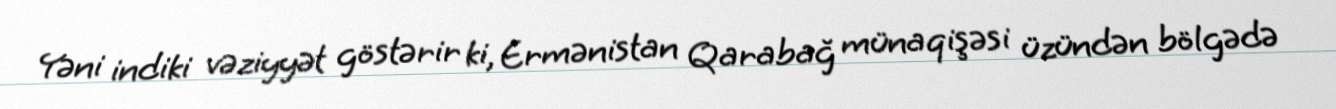
Yəni indiki vəziyyət göstərir ki, Ermənistan Qarabağ münaqişəsi üzündən bölgədə